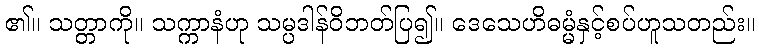
၏။ သတ္တာကို။ သက္ကာနံဟု သမ္ပဒါန်ဝိဘတ်ပြ၍။ ဒေသေဟိဓမ္မံနှင့်စပ်ဟူသတည်း။